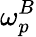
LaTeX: \omega_{p}^{B}